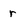
Character: r